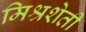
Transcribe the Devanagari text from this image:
मिश्रशेती